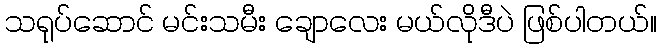
သရုပ်ဆောင် မင်းသမီး ချောလေး မယ်လိုဒီပဲ ဖြစ်ပါတယ်။